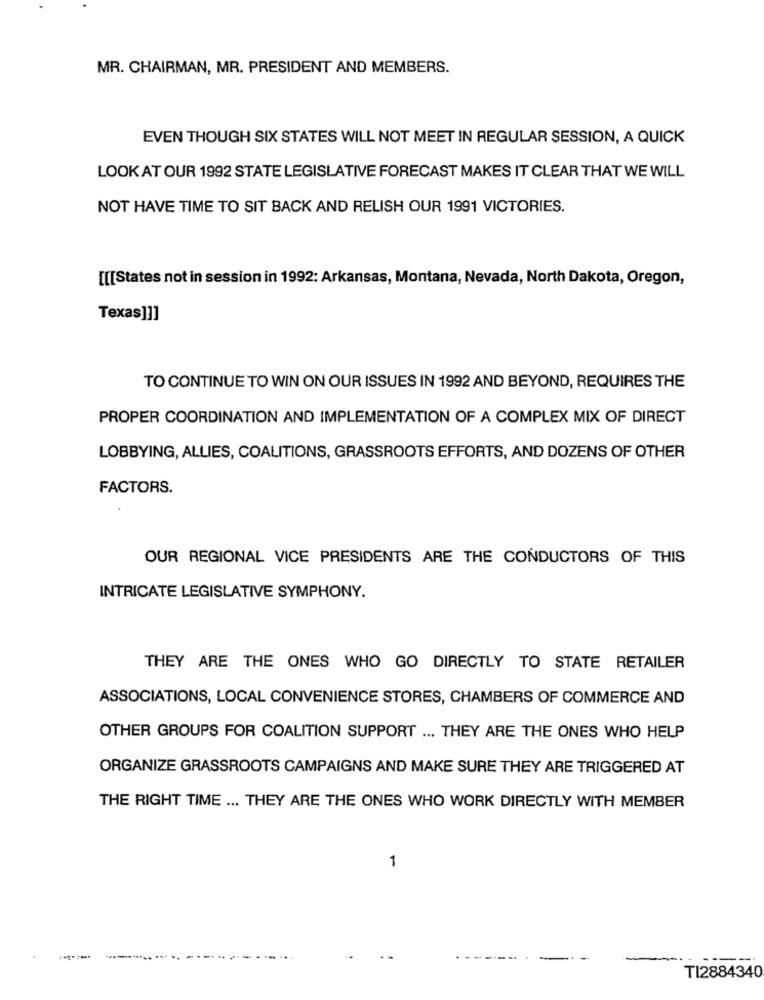
MR. CHAIRMAN, MR. PRESIDENT AND MEMBERS.
EVEN THOUGH SIX STATES WILL NOT MEET IN REGULAR SESSION, A QUICK
LOOK AT OUR 1992 STATE LEGISLATIVE FORECAST MAKES IT CLEAR THAT WE WILL
NOT HAVE TIME TO SIT BACK AND RELISH OUR 1991 VICTORIES.
[[[States not in session in 1992: Arkansas, Montana, Nevada, North Dakota, Oregon,
Texas]]]
TO CONTINUE TO WIN ON OUR ISSUES IN 1992 AND BEYOND, REQUIRES THE
PROPER COORDINATION AND IMPLEMENTATION OF A COMPLEX MIX OF DIRECT
LOBBYING, ALLIES, COALITIONS, GRASSROOTS EFFORTS, AND DOZENS OF OTHER
FACTORS.
OUR REGIONAL VICE PRESIDENTS ARE THE CONDUCTORS OF THIS
INTRICATE LEGISLATIVE SYMPHONY.
THEY ARE THE ONES WHO GO DIRECTLY TO STATE RETAILER
ASSOCIATIONS, LOCAL CONVENIENCE STORES, CHAMBERS OF COMMERCE AND
OTHER GROUPS FOR COALITION SUPPORT ... THEY ARE THE ONES WHO HELP
ORGANIZE GRASSROOTS CAMPAIGNS AND MAKE SURE THEY ARE TRIGGERED AT
THE RIGHT TIME ... THEY ARE THE ONES WHO WORK DIRECTLY WITH MEMBER
1
TI2884340